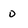
Character: o